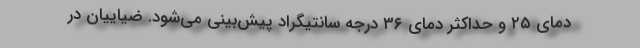
دمای ۲۵ و حداکثر دمای ۳۶ درجه سانتیگراد پیش‌بینی می‌شود. ضیاییان در